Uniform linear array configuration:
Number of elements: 12
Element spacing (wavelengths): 0.75
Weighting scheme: blackman
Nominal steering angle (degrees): -60
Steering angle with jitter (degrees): -60.498
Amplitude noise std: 0.05
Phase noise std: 0.05

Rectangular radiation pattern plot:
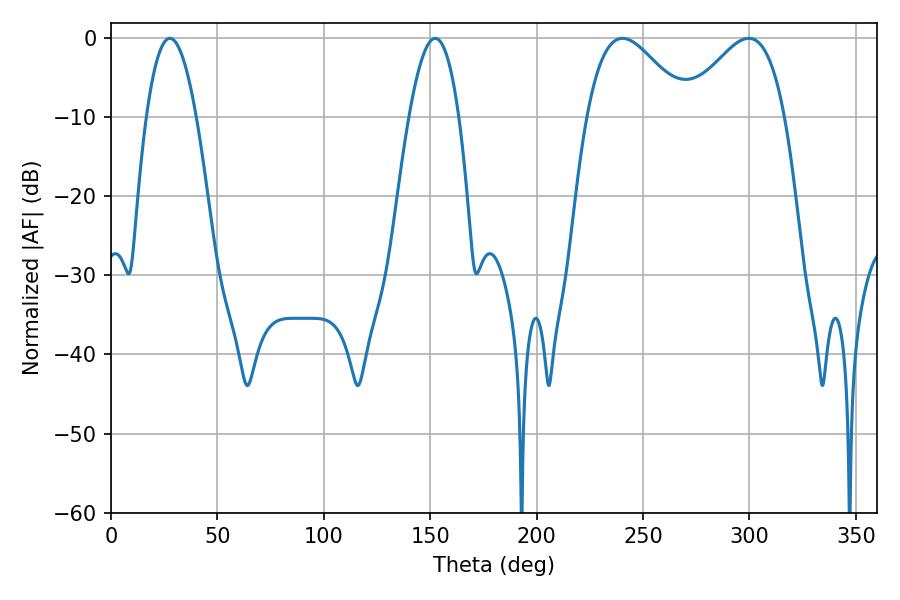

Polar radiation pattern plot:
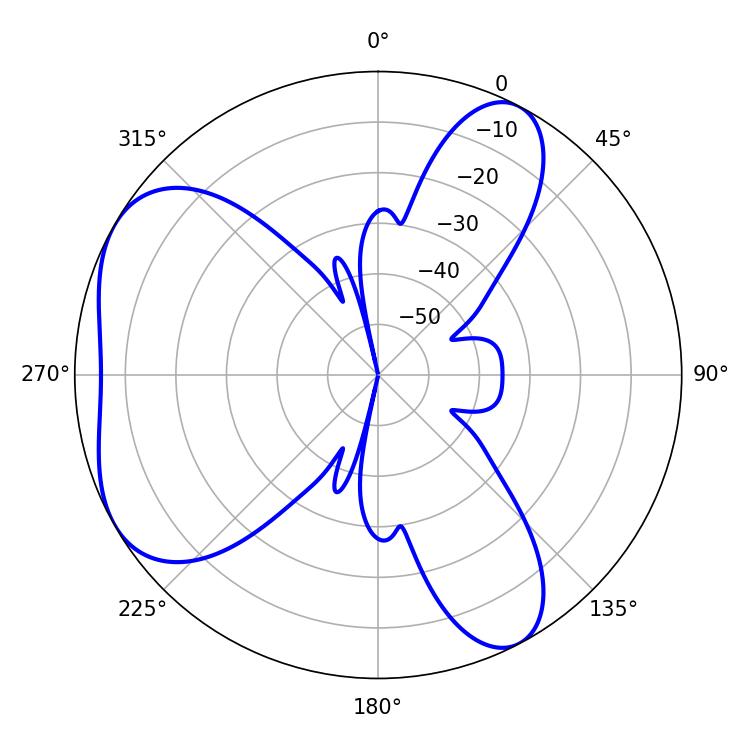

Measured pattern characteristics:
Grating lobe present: TRUE
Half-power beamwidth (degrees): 25.38
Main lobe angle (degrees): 240.3